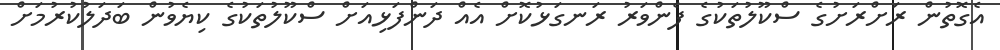
އެގޮތުން ރަށްރަށުގެ ސްކޫލުތަކުގެ ފެންވަރު ރަނގަޅުކޮށް އެއް ދަންފަޅިއަށް ސްކޫލުތަކުގެ ކިޔެވުން ބަދަލުކުރުމަށް